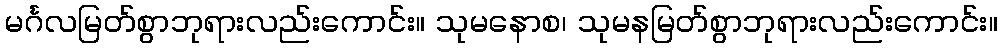
မင်္ဂလမြတ်စွာဘုရားလည်းကောင်း။ သုမနောစ၊ သုမနမြတ်စွာဘုရားလည်းကောင်း။